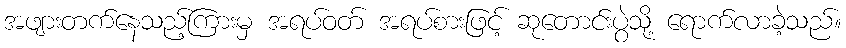
အဖျားတက်နေသည့်ကြားမှ အရပ်ဝတ် အရပ်စားဖြင့် ဆုတောင်းပွဲသို့ ရောက်လာခဲ့သည်။